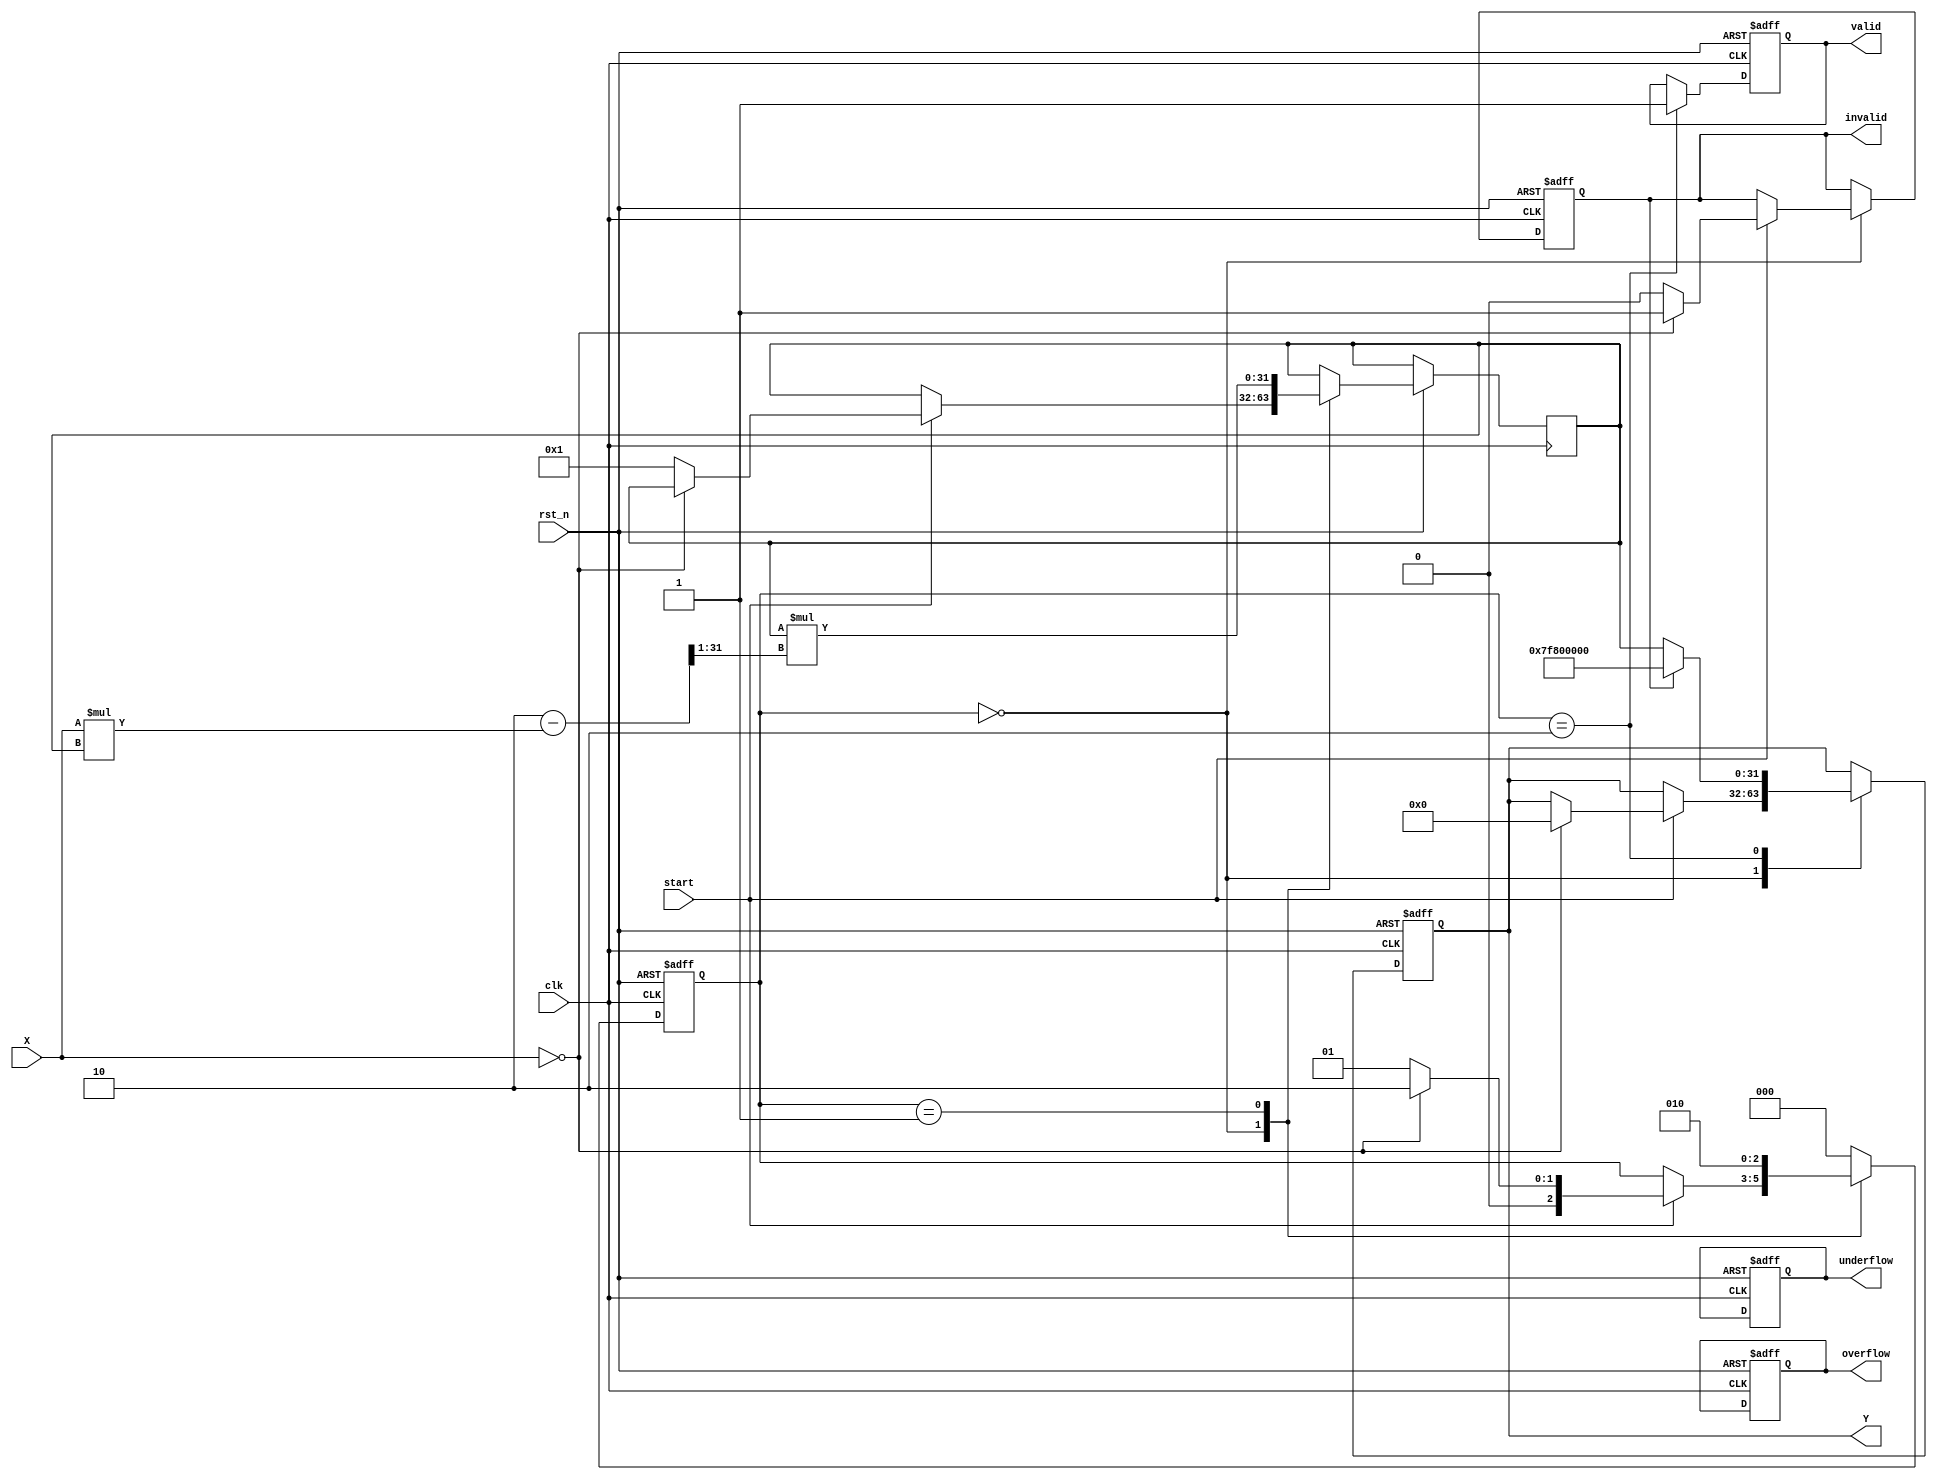
module DirectReciprocalUnit #(
    parameter DATA_WIDTH = 32  // Assume 32-bit floating-point representation (IEEE 754)
)(
    input wire clk,
    input wire rst_n,
    input wire start,             // Start signal for computation
    input wire [DATA_WIDTH-1:0] X, // Input data
    output reg [DATA_WIDTH-1:0] Y, // Reciprocal output
    output reg valid,            // Indicates if output is valid
    output reg overflow,         // Overflow flag
    output reg underflow,        // Underflow flag
    output reg invalid           // Invalid input flag (e.g. X == 0)
);

// Internal signals
reg [DATA_WIDTH-1:0] approximate_reciprocal;
reg [2:0] state;
localparam IDLE = 3'b000,
           COMPUTE = 3'b001,
           FINISH = 3'b010;

always @(posedge clk or negedge rst_n) begin
    if (!rst_n) begin
        Y <= 32'b0;
        valid <= 1'b0;
        overflow <= 1'b0;
        underflow <= 1'b0;
        invalid <= 1'b0;
        state <= IDLE;
    end else begin
        case (state)
            IDLE: begin
                if (start) begin
                    if (X == 32'b0) begin         // Handle division by zero
                        invalid <= 1'b1;
                        Y <= 32'b0;               // Set output to zero on invalid input
                        state <= FINISH;
                    end else begin
                        invalid <= 1'b0;          // Clear invalid flag
                        approximate_reciprocal <= 32'b1; // Initial guess for reciprocal (1)
                        state <= COMPUTE;
                    end
                end
            end
            
            COMPUTE: begin
                // Simple Newton-Raphson Iteration
                // Y(n+1) = Y(n) * (2 - X * Y(n))
                approximate_reciprocal <= approximate_reciprocal * (32'b10 - (X * approximate_reciprocal) >> 1);

                // For demonstration purposes, we stop after one iteration
                // More iterations would be needed for higher precision in a full implementation
                state <= FINISH;
            end
            
            FINISH: begin
                if (invalid) begin
                    Y <= 32'h7F800000; // Set to "Infinity" for floating-point (ex: IEEE 754)
                    valid <= 1'b1;
                end else begin
                    Y <= approximate_reciprocal; // Set the computed reciprocal to output
                    valid <= 1'b1;                // Mark output as valid
                end
                state <= IDLE;                    // Return to idle state
            end
            
            default: state <= IDLE;
        endcase
    end
end

endmodule